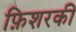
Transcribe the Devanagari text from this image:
फ़िशरकी